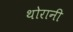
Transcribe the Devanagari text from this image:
थोरानी